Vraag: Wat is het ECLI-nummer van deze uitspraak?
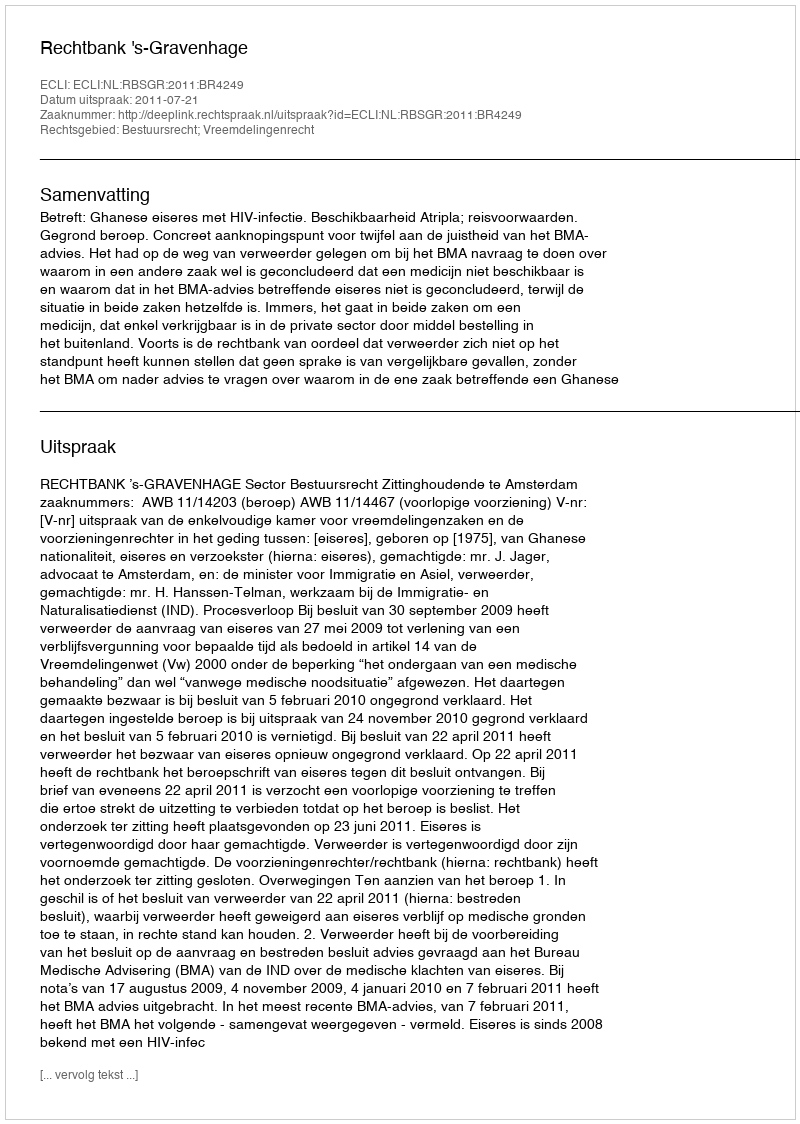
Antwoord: ECLI:NL:RBSGR:2011:BR4249